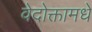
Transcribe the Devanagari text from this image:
वेदोक्तामधे